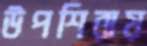
উপশিরায়